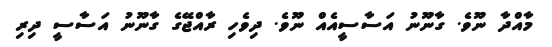
މާއްދާ ނޫވެ. ގާނޫނު އަސާސީއެއް ނޫވެ. ދިވެހި ރާއްޖޭގެ ގާނޫނު އަސާސީ ދިރި